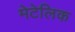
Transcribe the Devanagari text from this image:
मेटेलिक